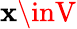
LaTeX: \mathbf{x}\inV